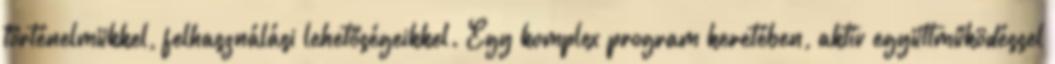
történelmükkel, felhasználási lehetőségeikkel. Egy komplex program keretében, aktív együttműködéssel